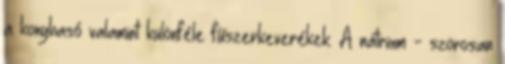
a konyhasó valamint különféle fűszerkeverékek. A nátrium - szorosan